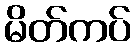
မိတ်ကပ်